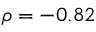
\rho = - 0 . 8 2